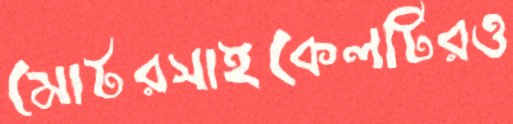
মোটরসাইকেলটিরও